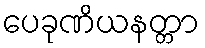
ပေခုဏိယနတ္တာ